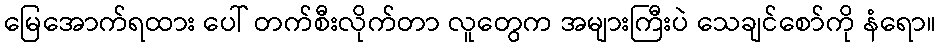
မြေအောက်ရထား ပေါ် တက်စီးလိုက်တာ လူတွေက အများကြီးပဲ သေချင်စော်ကို နံရော။